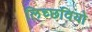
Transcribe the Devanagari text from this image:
लिच्छवियो